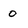
Character: 0